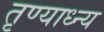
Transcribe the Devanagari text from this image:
तृण्याध्न्य